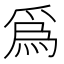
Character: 爲